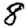
Digit: 8